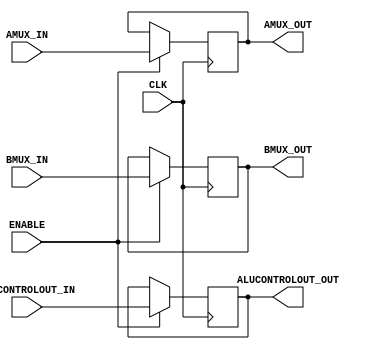
module EXREG (
    input wire [3:0] ALUCONTROLOUT_IN,
    input wire AMUX_IN,
    input wire [1:0] BMUX_IN,
    input wire CLK,
	 input wire ENABLE,

    output wire [3:0] ALUCONTROLOUT_OUT,
    output wire AMUX_OUT,
    output wire [1:0] BMUX_OUT
);

    reg [3:0] _ALUCONTROLOUT;
    reg _AMUX;
    reg [1:0] _BMUX;

    assign ALUCONTROLOUT_OUT = _ALUCONTROLOUT;
    assign AMUX_OUT = _AMUX;
    assign BMUX_OUT = _BMUX;

    initial begin
        _ALUCONTROLOUT = 0;
        _AMUX = 0;
        _BMUX = 0;
    end

    always@ (posedge CLK) begin
		if (ENABLE) begin 
        _ALUCONTROLOUT <= ALUCONTROLOUT_IN;
        _AMUX <= AMUX_IN;
        _BMUX <= BMUX_IN;
		end
    end
endmodule